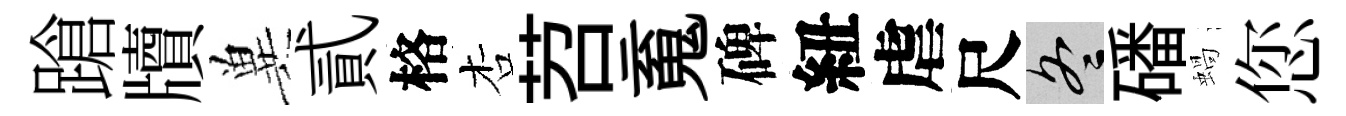
蹌牘兾貳格杏苕䰟碑紐虐尺冬磻蝸您